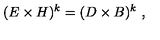
( E \times H ) ^ { k } = ( D \times B ) ^ { k } \ ,